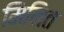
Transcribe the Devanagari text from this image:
मिनित